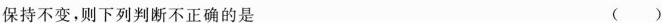
保持不变，则下列判断不正确的是 ()